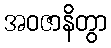
အဝဇာနိတွာ